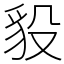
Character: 䝘